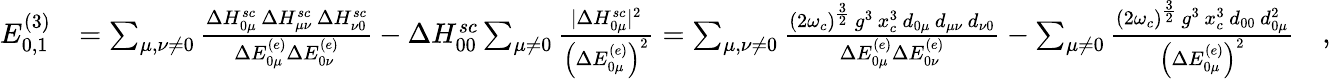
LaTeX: \begin{array}{rl}{E_{0,1}^{(3)}}&{=\sum_{\mu,\nu\neq 0}\frac{\Delta H_{0\mu}^{sc}\, \Delta H_{\mu\nu}^{sc}\, \Delta H_{\nu 0}^{sc}}{\Delta E_{0\mu}^{(e)}\Delta E_{0\nu}^{(e)}}-\Delta H_{00}^{sc}\sum_{\mu\neq 0}\frac{\vert\Delta H_{0\mu}^{sc}\vert^{2}}{\left(\Delta E_{0\mu}^{(e)}\right)^{2}}=\sum_{\mu,\nu\neq 0}\frac{(2\omega_{c})^{\frac{3}{2}}\, g^{3}\, x_{c}^{3}\, d_{0\mu}\, d_{\mu\nu}\, d_{\nu 0}}{\Delta E_{0\mu}^{(e)}\Delta E_{0\nu}^{(e)}}-\sum_{\mu\neq 0}\frac{(2\omega_{c})^{\frac{3}{2}}\, g^{3}\, x_{c}^{3}\, d_{00}\, d_{0\mu}^{2}}{\left(\Delta E_{0\mu}^{(e)}\right)^{2}}\quad,}\end{array}